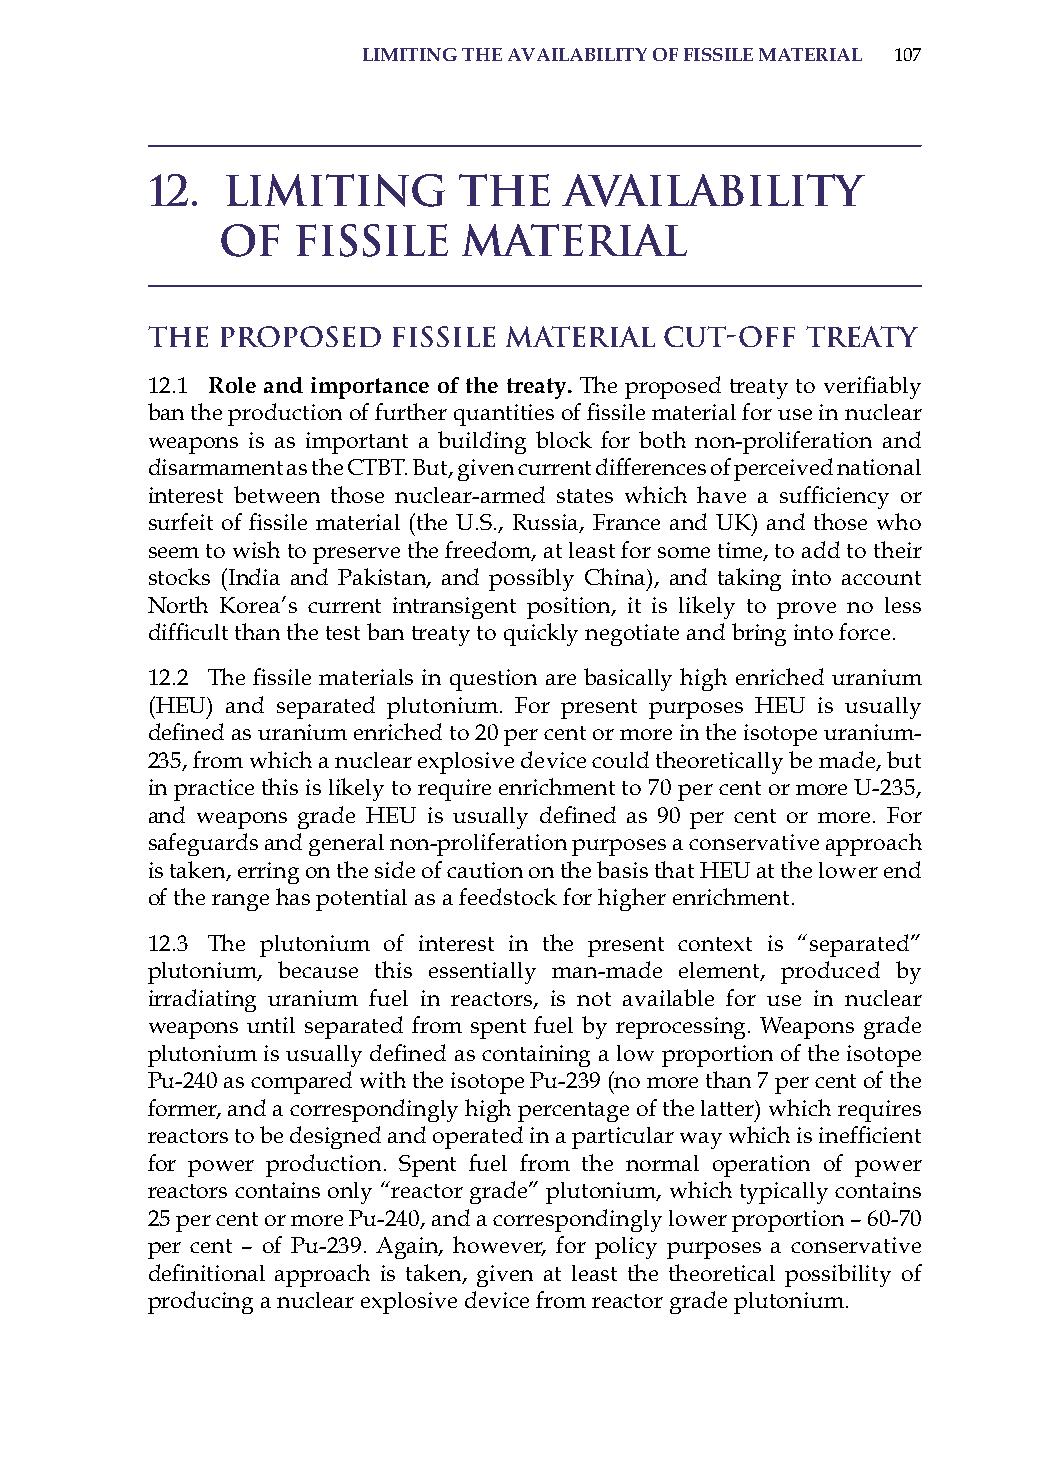
limitinG the availaBilitY of fissile material 107
 12.  Limiting       the    Availability
 of   Fissile     Material
 The Proposed    Fissile Material  Cut-Off  Treaty
 12.1 role and importance of the treaty. The proposed treaty to verifiably
 ban the production of further quantities of fissile material for use in nuclear
 weapons is as important a building block for both non-proliferation and
 disarmament as the CTBT. But, given current differences of perceived national
 interest between those nuclear-armed states which have a sufficiency or
 surfeit of fissile material (the U.S., Russia, France and UK) and those who
 seem to wish to preserve the freedom, at least for some time, to add to their
 stocks (india and Pakistan, and possibly China), and taking into account
 North Korea’s current intransigent position, it is likely to prove no less
 difficult than the test ban treaty to quickly negotiate and bring into force.
 12.2 The fissile materials in question are basically high enriched uranium
 (hEU) and separated plutonium. For present purposes hEU is usually
 defined as uranium enriched to 20 per cent or more in the isotope uranium-
 235, from which a nuclear explosive device could theoretically be made, but
 in practice this is likely to require enrichment to 70 per cent or more U-235,
 and weapons grade HEU is usually defined as 90 per cent or more. For
 safeguards and general non-proliferation purposes a conservative approach
 is taken, erring on the side of caution on the basis that hEU at the lower end
 of the range has potential as a feedstock for higher enrichment.
 12.3 The plutonium of interest in the present context is “separated”
 plutonium, because this essentially man-made element, produced by
 irradiating uranium fuel in reactors, is not available for use in nuclear
 weapons until separated from spent fuel by reprocessing. Weapons grade
 plutonium is usually defined as containing a low proportion of the isotope
 Pu-240 as compared with the isotope Pu-239 (no more than 7 per cent of the
 former, and a correspondingly high percentage of the latter) which requires
 reactors to be designed and operated in a particular way which is inefficient
 for power production. spent fuel from the normal operation of power
 reactors contains only “reactor grade” plutonium, which typically contains
 25 per cent or more Pu-240, and a correspondingly lower proportion – 60-70
 per cent – of Pu-239. again, however, for policy purposes a conservative
 definitional approach is taken, given at least the theoretical possibility of
 producing a nuclear explosive device from reactor grade plutonium.